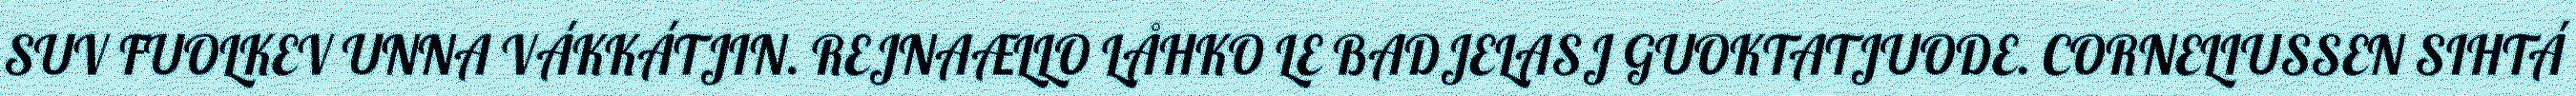
SUV FUOLKEV UNNA VÁKKÁTJIN. REJNAÆLLO LÅHKO LE BADJELASJ GUOKTATJUODE. CORNELIUSSEN SIHTÁ